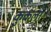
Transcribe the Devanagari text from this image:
कुकला